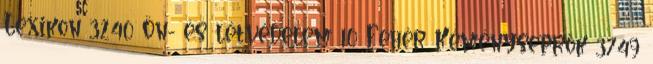
Lexikon 3240 Ön- és létvédelem 10 Fehér Kéményseprők 3749